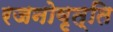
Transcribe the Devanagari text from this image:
रजनोवृत्ति